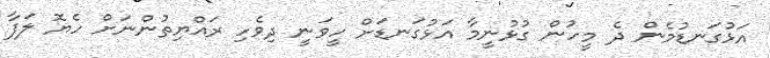
އަޅުގަނޑުމެން ދެ މީހުން ގުޅުނީމާ އަޅުގަނޑަށް ހީވަނީ ދިވެހި ރައްޔިތުންނަށް ހެޔޮ ލަފާ